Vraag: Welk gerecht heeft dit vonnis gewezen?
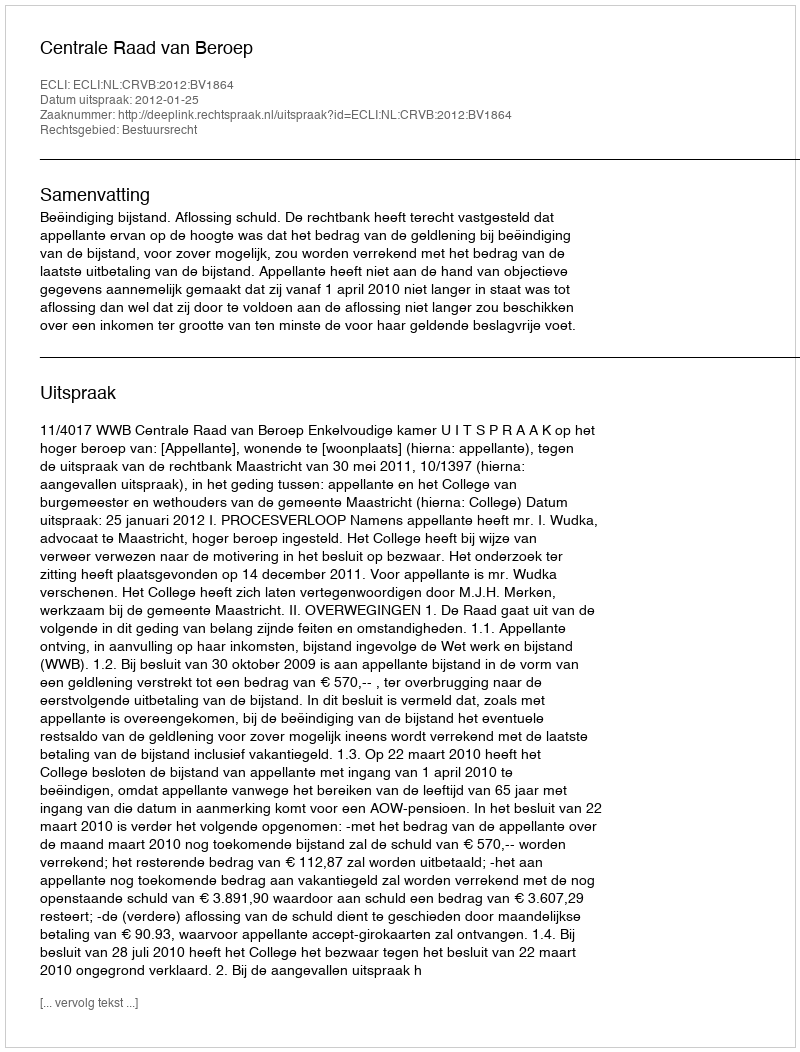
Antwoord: Centrale Raad van Beroep